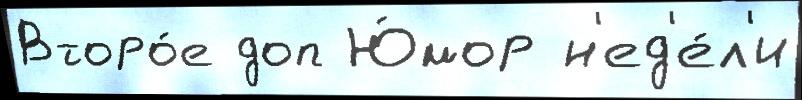
Второ́е доп Ю́мор н'ед'е́л'и